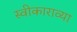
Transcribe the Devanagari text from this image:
स्वीकाराव्या